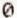
0